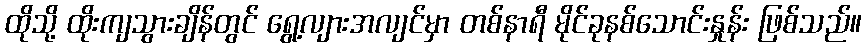
ထိုသို့ ထိုးကျသွားချိန်တွင် ရွေ့လျားအလျင်မှာ တစ်နာရီ မိုင်ခုနစ်သောင်းနှုန်း ဖြစ်သည်။